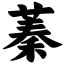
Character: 蓁